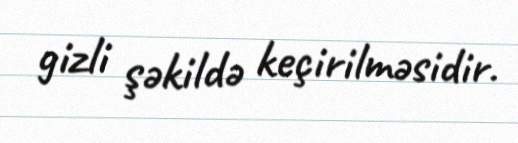
gizli şəkildə keçirilməsidir.